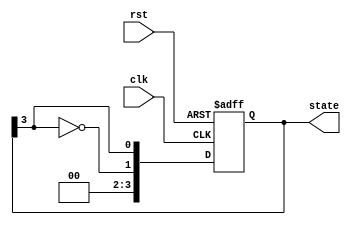
module johnson_counter (
    input wire clk,          // Clock signal
    input wire rst,          // Asynchronous reset
    output reg [n-1:0] state // State output
);
    parameter n = 4; // Number of flip-flops (can be changed as needed)
    
    // State transition logic for the Johnson Counter
    always @(posedge clk or posedge rst) begin
        if (rst) begin
            // Asynchronous reset
            state <= 0;
        end else begin
            // Johnson Counter logic
            state <= {~state[n-1], state[n-1:n-1]}; // Shift right and invert last bit
        end
    end

    // Output logic (Moore machine)
    // The output is the same as the state in this example
    // You can modify this logic based on your specific output requirements
    always @(state) begin
        // Example output logic (can be modified)
        case (state)
            4'b0000: output_logic = 4'b0000; // State 0
            4'b0001: output_logic = 4'b0001; // State 1
            4'b0011: output_logic = 4'b0011; // State 2
            4'b0111: output_logic = 4'b0111; // State 3
            4'b1111: output_logic = 4'b1111; // State 4
            4'b1110: output_logic = 4'b1110; // State 5
            4'b1100: output_logic = 4'b1100; // State 6
            4'b1000: output_logic = 4'b1000; // State 7
            default: output_logic = 4'b0000; // Default case
        endcase
    end

endmodule